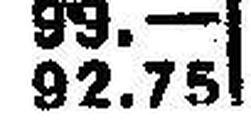
92.75